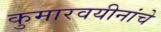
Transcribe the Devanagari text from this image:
कुमारवयीनांचे